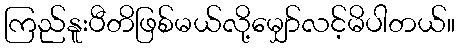
ကြည်နူးပီတိဖြစ်မယ်လို့မျှော်လင့်မိပါတယ်။